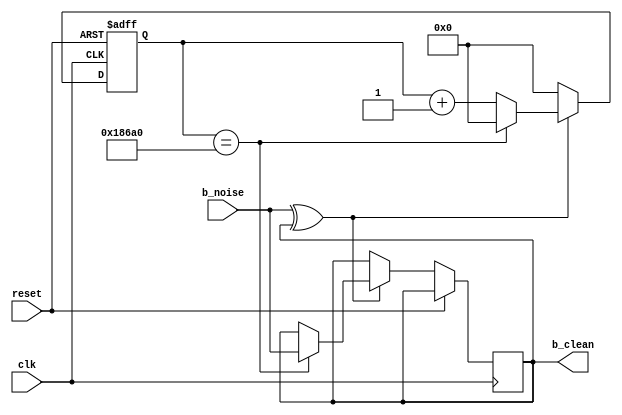
//Denouncer module - Denounces the input button 
//Nikolaos Koxenoglou 1711 
`timescale 1ns / 1ps
module LEDdebouncer(
	clk,
	reset,
	b_noise,
	b_clean
);

   parameter DELAY = 100000;
   input clk, b_noise, reset;
   output b_clean;
   reg [16:0] count;
   reg b_clean;
   
	// The always block xors the noisy signal with the clean signal 
	always @(posedge clk or posedge reset) begin
		if ( reset) begin
			count <= 0;
		end
		else begin
	    	if (b_noise^b_clean) 
	        begin
	            if (count == DELAY)
	            begin
	                b_clean <= b_noise;
	                count <= 0;
	            end 
	            else
	            begin
	        		count <= count + 1'b1;
	            end 
	    	end 
	    	else
	           count <= 0;
	    	end
	end

endmodule // LEDdebouncer